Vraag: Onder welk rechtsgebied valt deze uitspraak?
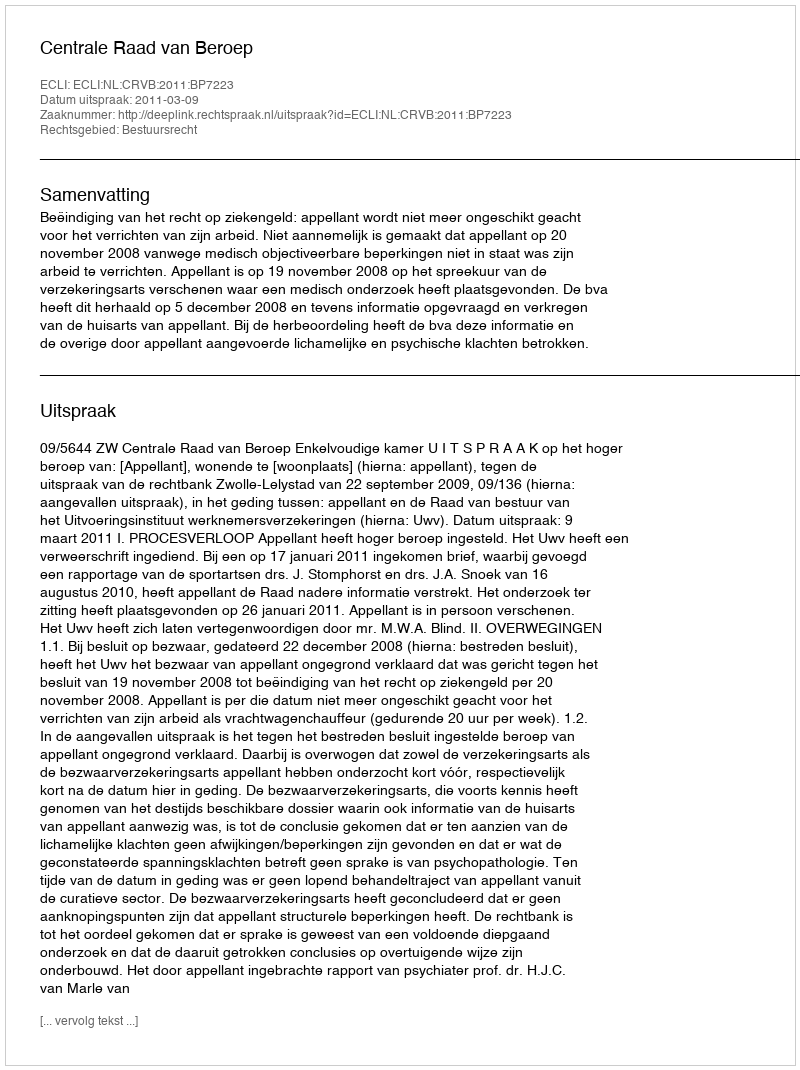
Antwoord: Bestuursrecht